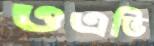
ওএভি